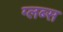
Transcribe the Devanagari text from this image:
ग्लब्स